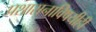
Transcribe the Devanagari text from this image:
प्रशासनाविषयीही